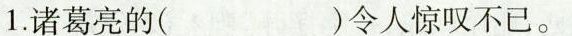
1.诸葛亮的( )令人惊叹不已。